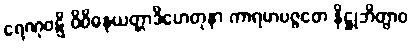
ရေဏုဝဋ္ဋိ ဝိဝိဓနယတ္တာဒိဟေတုနာ ကာရမာပဇ္ဇတေ နိဋ္ဌုဘိတွာဝ